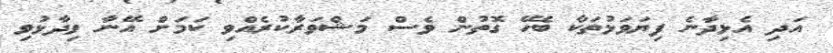
އަދި އެޅިދާނެ ފިޔަވަޅުތަކާ ބެހޭ ގޮތުން ވެސް މަޝްވަރާކުރެއްވި ކަމަށް އޭނާ ވިދާޅުވި